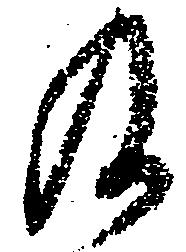
及